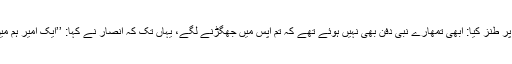
’’ایک یہودی نے حضرت علی رضی اللہ عنہ پر طنز کیا: ابھی تمھارے نبی دفن بھی نہیں ہوئے تھے کہ تم آپس میں جھگڑنے لگے، یہاں تک کہ انصار نے کہا: ’’ایک امیر ہم میں سے ہوگا اور ایک تم (مہاجرین) میں سے‘‘۔